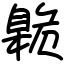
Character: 臲